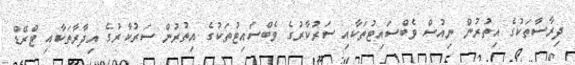
ދިރާސާތަކުގެ އިތުރުން ނިއުސް ވެބްސައިޓުތަކާއި ސަރުކާރުގެ ވެބްސައިޓުތަކުގެ އިތުރުން ސަރުކާރުގެ އިދާރާތަކާއި ޓްރޭޑް